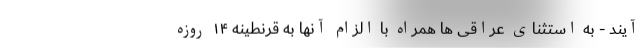
آیند - به استثنای عراقی ها همراه با الزام آنها به قرنطینه ۱۴ روزه